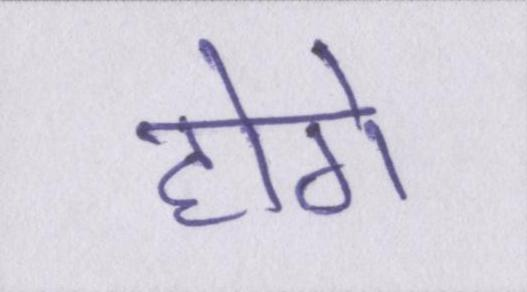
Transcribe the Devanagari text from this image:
होगे